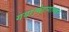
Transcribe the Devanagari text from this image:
गया।मेडागास्कर